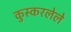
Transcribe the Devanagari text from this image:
कुस्करलेले